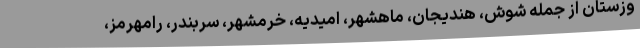
وزستان از جمله شوش، هندیجان، ماهشهر، امیدیه، خرمشهر، سربندر، رامهرمز،